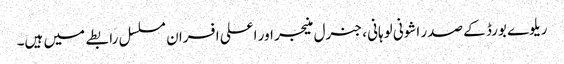
ریلوے بورڈ کے صدر اشونی لوہانی ، جنرل منیجر اور اعلی افسران مسلسل رابطے میں ہیں۔